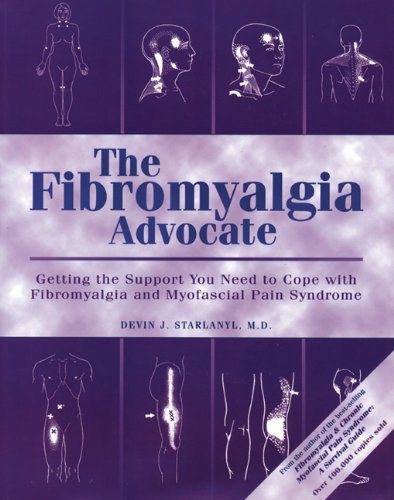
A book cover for The Fibromyalgia Advocate: Getting the Support You Need to Cope with Fibromyalgia and Myofascial Pain Syndrome; Devin Starlanyl; Health, Fitness & Dieting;